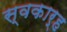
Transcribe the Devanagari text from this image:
स्वकार्ह